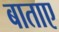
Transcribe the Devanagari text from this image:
बाताए